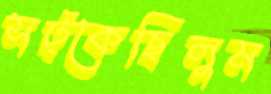
সট্‌কেছিলুম